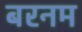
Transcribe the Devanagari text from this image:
बरनम